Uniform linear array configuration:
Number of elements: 8
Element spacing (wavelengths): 0.25
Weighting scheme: cosine
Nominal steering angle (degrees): -45
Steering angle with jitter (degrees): -46.73
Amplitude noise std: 0.05
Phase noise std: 0.05

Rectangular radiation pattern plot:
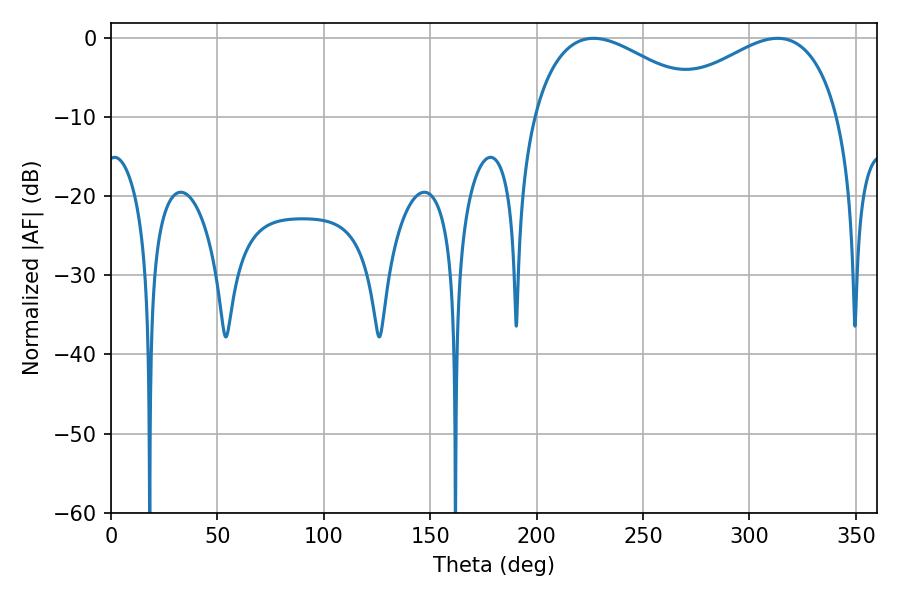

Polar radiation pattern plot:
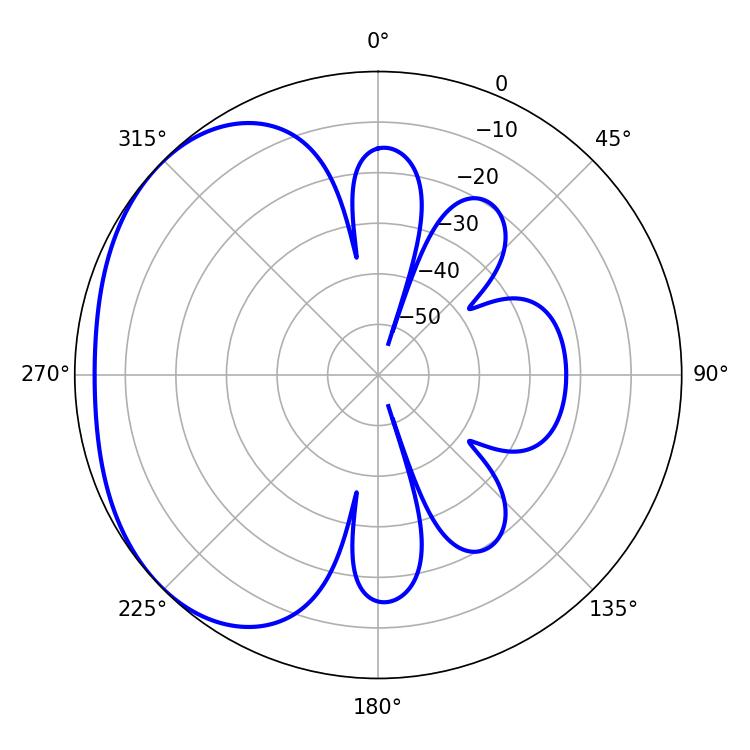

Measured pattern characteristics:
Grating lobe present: FALSE
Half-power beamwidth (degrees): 45.9
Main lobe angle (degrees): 226.8